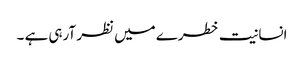
انسانیت خطرے میں نظر آرہی ہے ۔